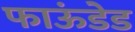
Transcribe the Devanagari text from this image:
फाऊंडेड